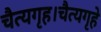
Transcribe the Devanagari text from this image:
चैत्यगृह।चैत्यगृहे